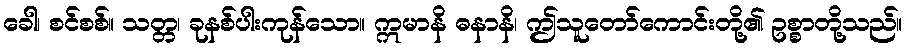
ခေါ၊ စင်စစ်။ သတ္တ၊ ခုနစ်ပါးကုန်သော။ ဣမာနိ ဓနာနိ၊ ဤသူတော်ကောင်းတို့၏ ဥစ္စာတို့သည်။